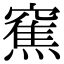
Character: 䆶